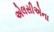
એલસીએના